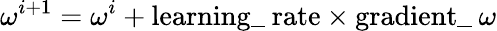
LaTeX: \omega^{i+1}=\omega^{i}+\textrm{learning\_ rate}\times\textrm{gradient\_ }\omega